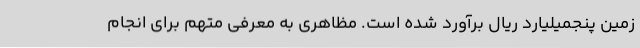
زمین پنجمیلیارد ریال برآورد شده است. مظاهری به معرفی متهم برای انجام